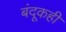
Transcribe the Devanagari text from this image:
बंदूकही